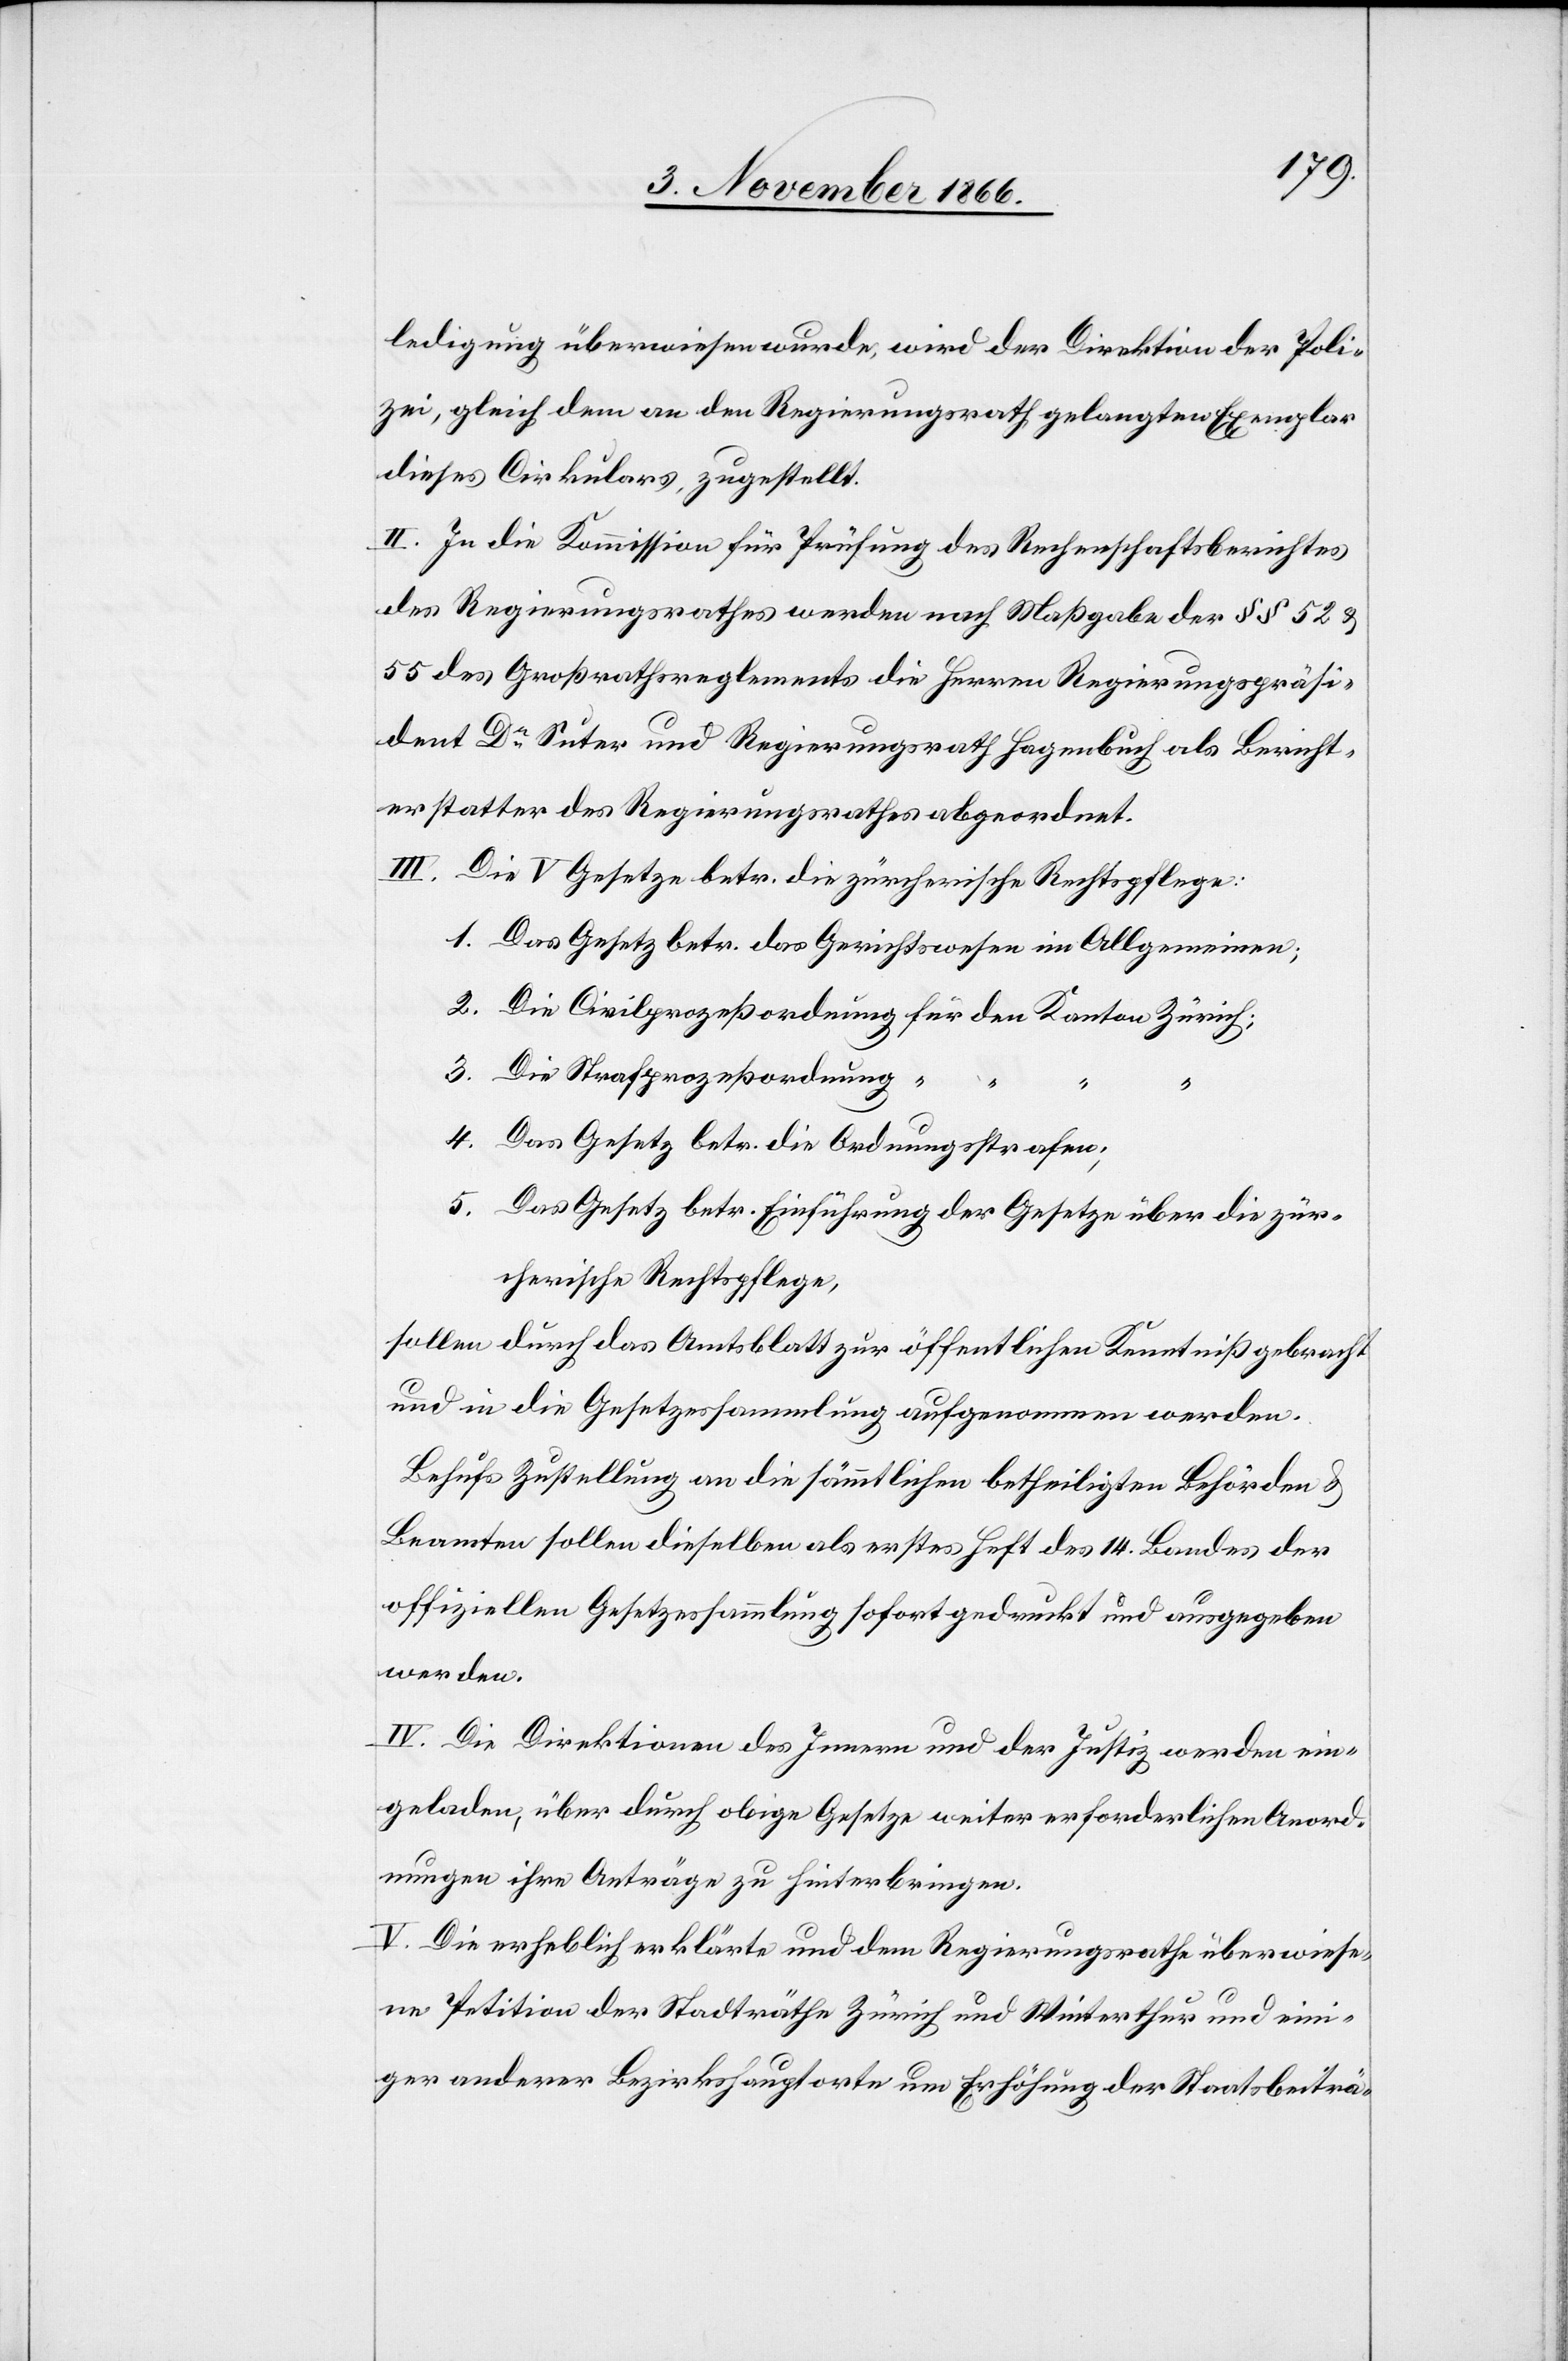
ledigung überwiesen wurde, wird der Direktion der Poli¬
zei, gleich dem an den Regierungsrath gelangten Exemplar
dieses Cirkulars, zugestellt.
II. In die Kommission für Prüfung des Rechenschaftsberichtes
des Regierungsrathes werden nach Maßgabe der § § 52 &
55 des Großrathsreglements die Herren Regierungspräsi¬
dent Dr. Suter und Regierungsrath Hagenbuch als Bericht¬
erstatter des Regierungsrathes abgeordnet.
III. Die V Gesetze betr. die zürcherische Rechtspflege:
1. Das Gesetz betr. das Gerichtswesen im Allgemeinen;
2. Die Civilprozeßordnung für den Kanton Zürich;
3. Die Strafprozeßordnung “
“
4. Das Gesetz betr. die Ordnungsstrafen;
5. Das Gesetz betr. Einführung der Gesetze über die zür¬
cherische Rechtspflege,
sollen durch das Amtsblatt zur öffentlichen Kenntniß gebracht
und in die Gesetzessammlung aufgenommen werden.
Behufs Zustellung an die sämmtlichen betheiligten Behörden &
Beamten sollen dieselben als erstes Heft des 14. Bandes der
offiziellen Gesetzessammlung sofort gedruckt und ausgegeben
werden.
IV. Die Direktionen des Innern und der Justiz werden ein¬
geladen, über durch obige Gesetze weiter erforderlichen Anord¬
nungen ihre Anträge zu hinterbringen.
V. Die erheblich erklärte und dem Regierungsrathe überwiese¬
ne Petition der Stadträthe Zürich und Winterthur und eini¬
ger anderer Bezirkshauptorte um Erhöhung der Staatsbeiträ-